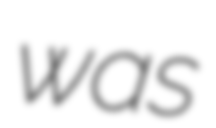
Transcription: was